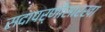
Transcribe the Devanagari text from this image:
सदापर्णीसारखा